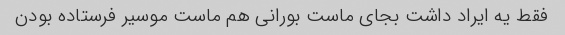
فقط یه ایراد داشت بجای ماست بورانی هم ماست موسیر فرستاده بودن